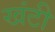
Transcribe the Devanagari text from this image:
खंटी